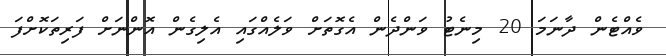
ވެއްޓެން ދާނަމަ 20 މިނެޓު ވަންދެން އެގޮތަށް ވަލެއްގައި އެލިގެން އޮންނަށް ފަރިތަކޮށްފަ